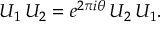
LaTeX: { \cal U } _ { 1 } \, { \cal U } _ { 2 } = e ^ { 2 \pi i \theta } \, { \cal U } _ { 2 } \, { \cal U } _ { 1 } .